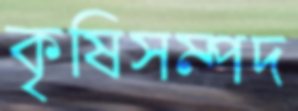
কৃষিসম্পদ